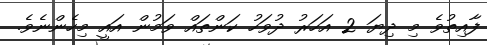
ފާއިތުވެ މި ދިޔަ 2 އަހަރު ދުވަހު ކަންތައް ވަމުން އައީ މިހެންނެވެ.